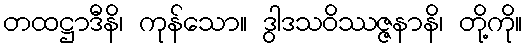
တထဋ္ဌာဒီနိ၊ ကုန်သော။ ဒွါဒသဝိဿဇ္ဇနာနိ၊ တို့ကို။